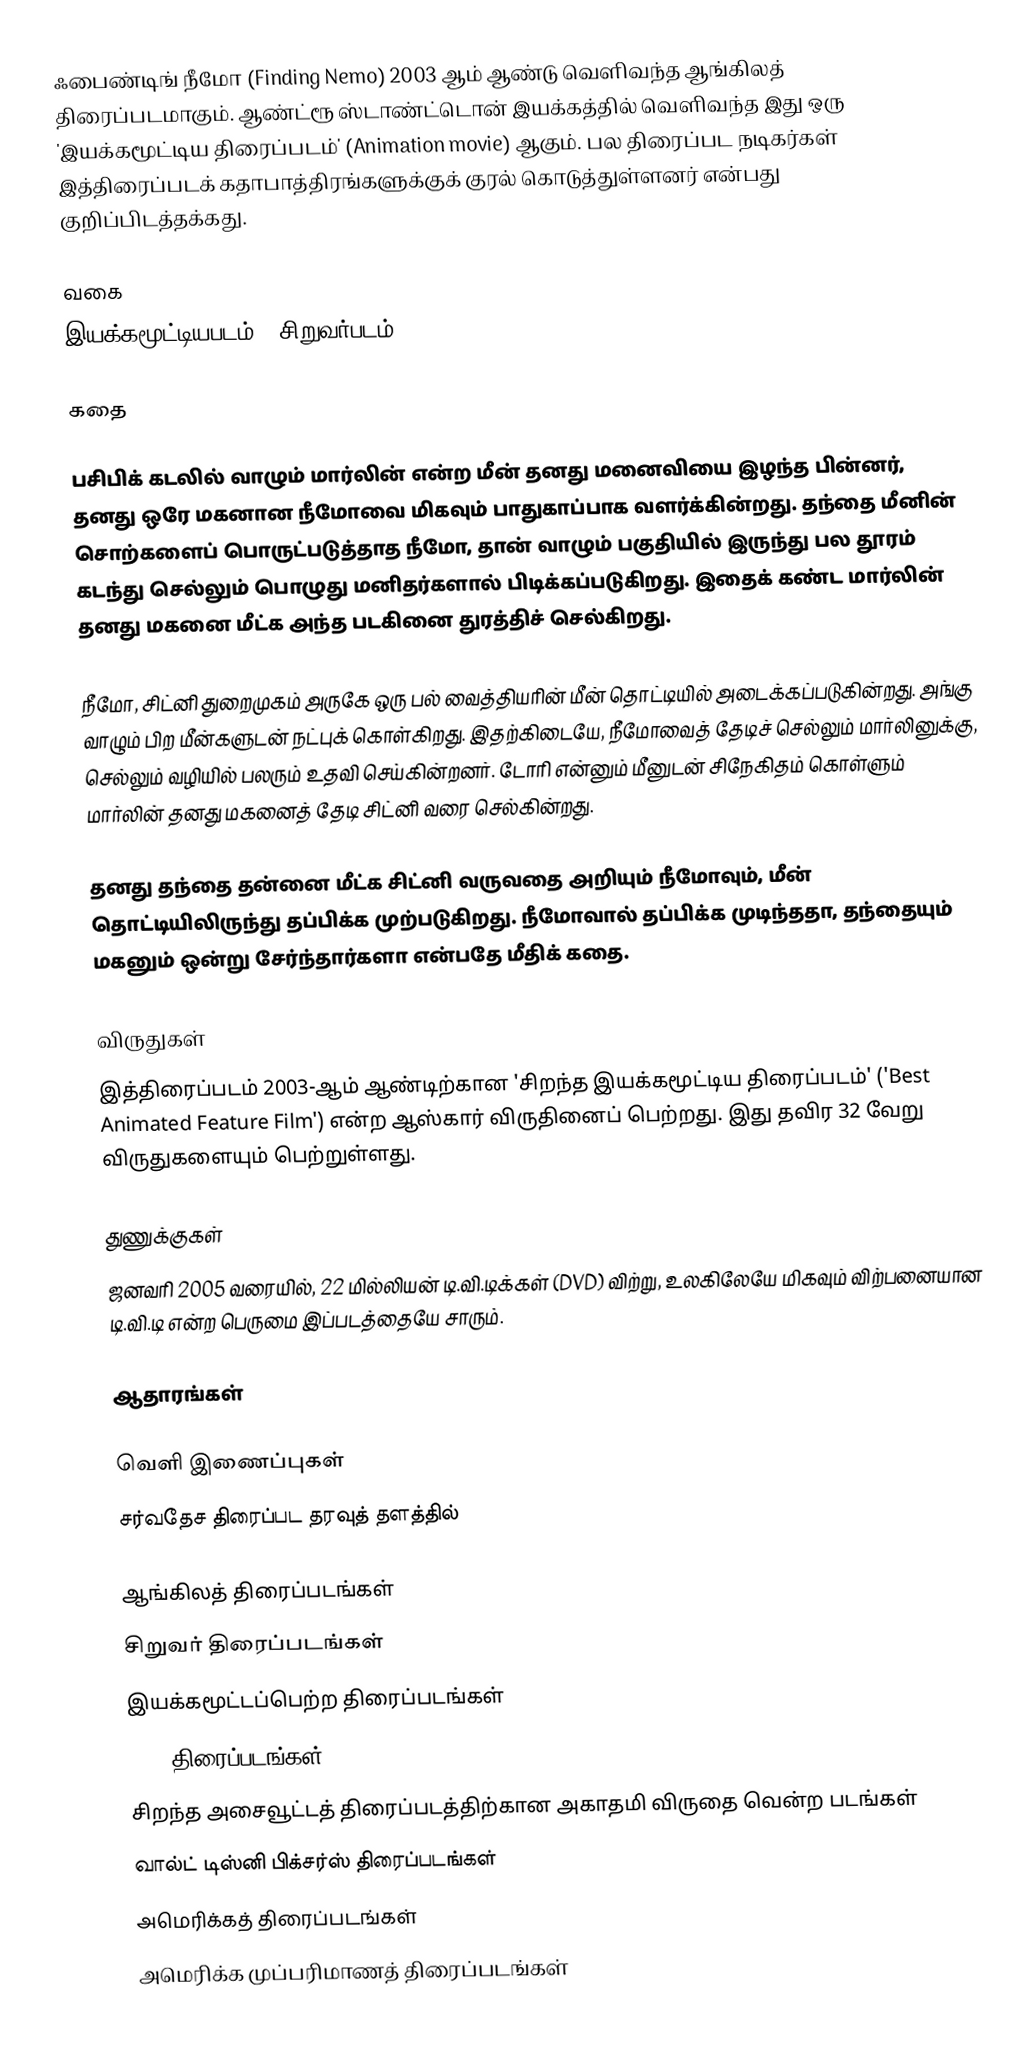
ஃபைண்டிங் நீமோ (Finding Nemo) 2003 ஆம் ஆண்டு வெளிவந்த ஆங்கிலத் திரைப்படமாகும். ஆண்ட்ரூ ஸ்டாண்ட்டொன் இயக்கத்தில் வெளிவந்த இது ஒரு 'இயக்கமூட்டிய திரைப்படம்' (Animation movie) ஆகும். பல திரைப்பட நடிகர்கள் இத்திரைப்படக் கதாபாத்திரங்களுக்குக் குரல் கொடுத்துள்ளனர் என்பது குறிப்பிடத்தக்கது.

வகை
இயக்கமூட்டியபடம் / சிறுவர்படம்

கதை

பசிபிக் கடலில் வாழும் மார்லின் என்ற மீன் தனது மனைவியை இழந்த பின்னர், தனது ஒரே மகனான நீமோவை மிகவும் பாதுகாப்பாக வளர்க்கின்றது. தந்தை மீனின் சொற்களைப் பொருட்படுத்தாத நீமோ, தான் வாழும் பகுதியில் இருந்து பல தூரம் கடந்து செல்லும் பொழுது மனிதர்களால் பிடிக்கப்படுகிறது. இதைக் கண்ட மார்லின் தனது மகனை மீட்க அந்த படகினை துரத்திச் செல்கிறது.

நீமோ, சிட்னி துறைமுகம் அருகே ஒரு பல் வைத்தியரின் மீன் தொட்டியில் அடைக்கப்படுகின்றது. அங்கு வாழும் பிற மீன்களுடன் நட்புக் கொள்கிறது. இதற்கிடையே, நீமோவைத் தேடிச் செல்லும் மார்லினுக்கு, செல்லும் வழியில் பலரும் உதவி செய்கின்றனர். டோரி என்னும் மீனுடன் சிநேகிதம் கொள்ளும் மார்லின் தனது மகனைத் தேடி சிட்னி வரை செல்கின்றது.

தனது தந்தை தன்னை மீட்க சிட்னி வருவதை அறியும் நீமோவும், மீன் தொட்டியிலிருந்து தப்பிக்க முற்படுகிறது. நீமோவால் தப்பிக்க முடிந்ததா, தந்தையும் மகனும் ஒன்று சேர்ந்தார்களா என்பதே மீதிக் கதை.

விருதுகள்
இத்திரைப்படம் 2003-ஆம் ஆண்டிற்கான 'சிறந்த இயக்கமூட்டிய திரைப்படம்' ('Best Animated Feature Film') என்ற ஆஸ்கார் விருதினைப் பெற்றது. இது தவிர 32 வேறு விருதுகளையும் பெற்றுள்ளது.

துணுக்குகள்
 ஜனவரி 2005 வரையில், 22 மில்லியன் டி.வி.டிக்கள் (DVD) விற்று, உலகிலேயே மிகவும் விற்பனையான டி.வி.டி என்ற பெருமை இப்படத்தையே சாரும்.

ஆதாரங்கள்

வெளி இணைப்புகள்
 சர்வதேச திரைப்பட தரவுத் தளத்தில்

ஆங்கிலத் திரைப்படங்கள்
சிறுவர் திரைப்படங்கள்
இயக்கமூட்டப்பெற்ற திரைப்படங்கள்
2003 திரைப்படங்கள்
சிறந்த அசைவூட்டத் திரைப்படத்திற்கான அகாதமி விருதை வென்ற படங்கள்
வால்ட் டிஸ்னி பிக்சர்ஸ் திரைப்படங்கள்
அமெரிக்கத் திரைப்படங்கள்
அமெரிக்க முப்பரிமாணத் திரைப்படங்கள்